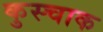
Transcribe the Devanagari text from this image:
कुस्चाक